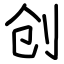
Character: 创